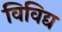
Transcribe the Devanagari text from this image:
विविद्य